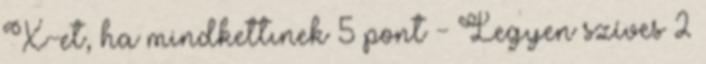
X-et, ha mindkettınek 5 pont - Legyen szíves 2